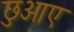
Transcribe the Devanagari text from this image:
छुआए